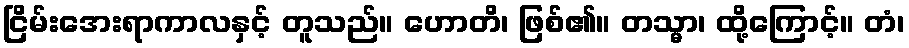
ငြိမ်းအေးရာကာလနှင့် တူသည်။ ဟောတိ၊ ဖြစ်၏။ တသ္မာ၊ ထို့ကြောင့်။ တံ၊